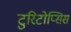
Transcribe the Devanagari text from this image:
टुरिटोप्सिस